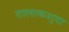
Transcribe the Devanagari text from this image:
तालाकशुदा